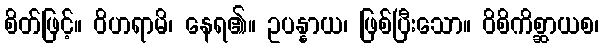
စိတ်ဖြင့်။ ဝိဟရာမိ၊ နေရ၏။ ဥပန္နာယ၊ ဖြစ်ပြီးသော။ ဝိစိကိစ္ဆာယစ၊